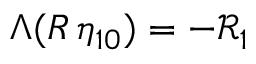
\Lambda ( R \, \eta _ { 1 0 } ) = - \mathcal { R } _ { 1 }